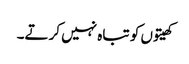
کھیتوں کو تباہ نہیں کرتے۔